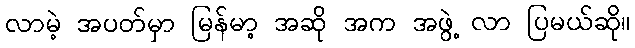
လာမဲ့ အပတ်မှာ မြန်မာ့ အဆို အက အဖွဲ့ လာ ပြမယ်ဆို။